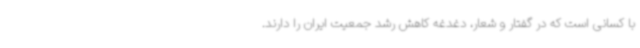
با کسانی است که در گفتار و شعار، دغدغه کاهش رشد جمعیت ایران را دارند.